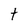
Character: t